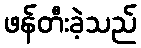
ဖန်တီးခဲ့သည်